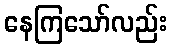
နေကြသော်လည်း